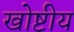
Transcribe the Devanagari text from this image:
खोष्टीय